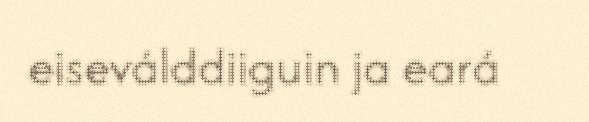
eiseválddiiguin ja eará